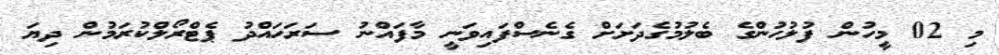
މި 02 މީހުން ފުލުހުންގެ ބެލުމުގެދަށަށް ގެނެސްފައިވަނީ މާފައްނު ސަރަހައްދު ޕެޓްރޯލްކުރަމުން ދިޔަ